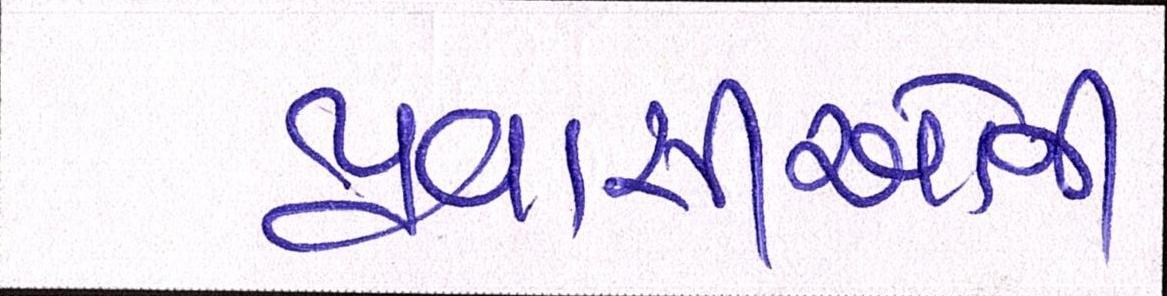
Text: પ્રવાસીઓની